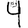
Digit: 4